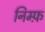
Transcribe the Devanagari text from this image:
निम्फ़